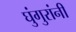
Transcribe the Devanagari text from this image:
घुंगुरांनी